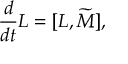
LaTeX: { \frac { d } { d t } } { L } = [ L , \widetilde { M } ] ,